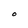
Character: O